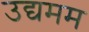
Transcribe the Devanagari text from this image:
उद्यमम